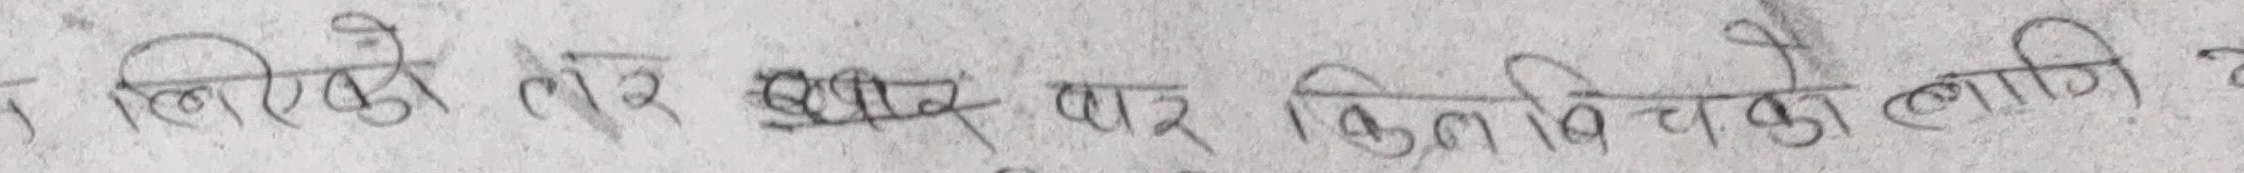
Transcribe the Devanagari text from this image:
लिएको तर खरीद पार कृत्रिम विउको लागि व